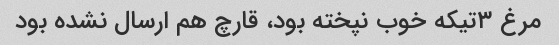
مرغ ۳تیکه خوب نپخته بود، قارچ هم ارسال نشده بود